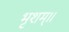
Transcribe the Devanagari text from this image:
भृशम्॥